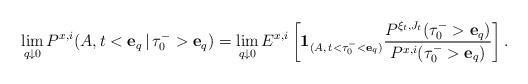
LaTeX: \begin{align*}\lim_{q\downarrow 0} {P}^{x,i} (A, t<{\mathbf{e}_q } \,|\, {\tau}^-_0>{\mathbf{e}_q })=\lim_{q\downarrow 0} {E}^{x,i} \left[\mathbf{1}_{(A, \, t< {\tau}^-_0 < \mathbf{e}_q)}\frac{{P}^{\xi_t, J_t} ({\tau}^-_0>{\mathbf{e}_q }) }{ {P}^{x,i} ({\tau}^-_0>{\mathbf{e}_q })} \right].\end{align*}